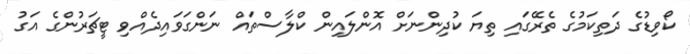
ކޯވިޑުގެ ދަތިކަމުގެ ތެރޭގައި ތިޔަ ކުދިންނަށް އޮންލައިން ކްލާސްތައް ނަންގަވައިދެއްވި ޓީޗަރުންގެ އަގު